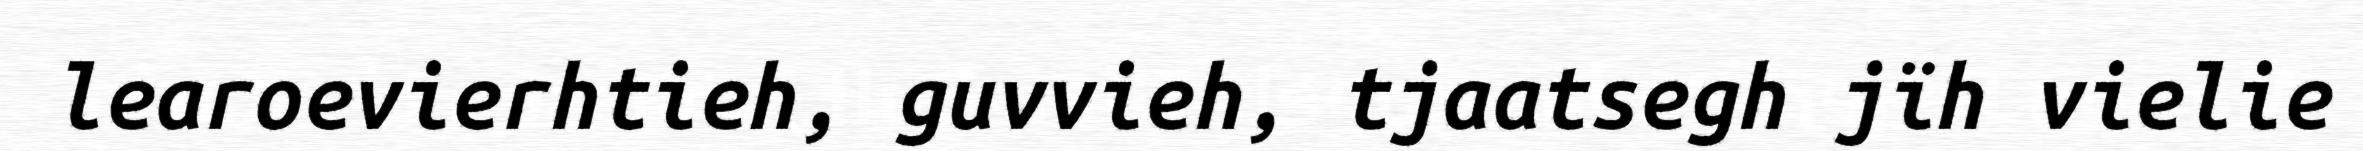
learoevierhtieh, guvvieh, tjaatsegh jïh vielie